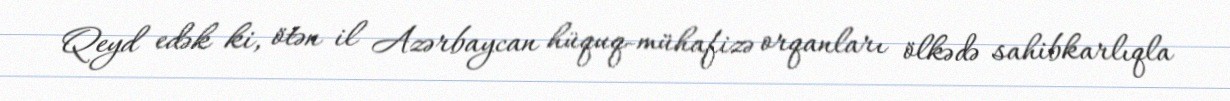
Qeyd edək ki, ötən il Azərbaycan hüquq-mühafizə orqanları ölkədə sahibkarlıqla